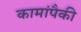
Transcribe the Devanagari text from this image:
कामांपैकी